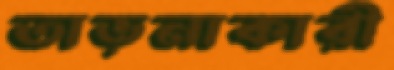
তাড়নাকারী